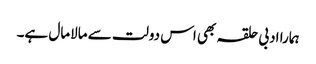
ہمارا ادبی حلقہ بھی اس دولت سے مالامال ہے۔